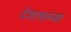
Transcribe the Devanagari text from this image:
देशावरच्या